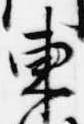
東